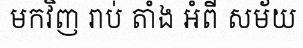
មកវិញ រាប់ តាំង អំពី សម័យ